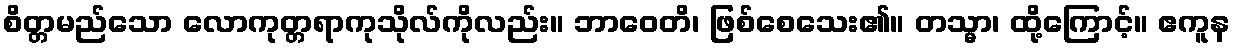
စိတ္တမည်သော လောကုတ္တရာကုသိုလ်ကိုလည်း။ ဘာဝေတိ၊ ဖြစ်စေသေး၏။ တသ္မာ၊ ထို့ကြောင့်။ ဧကူန